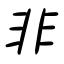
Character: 非